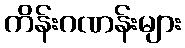
ကိန်းဂဏန်းများ